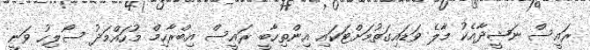
ރައީސް ނަޝީދާއެކު މާލެ ވަޑައިގަތުމަށްޓަކައި އިންތިހާބީ ރައީސް އިބްރާހިމް މުހައްމަދު ސޯލިހު ވަނީ